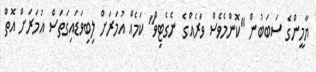
ޔާމީންގެ ސަބަބުން "ކޮންމެވެސް ވަރެއްގެ ނެގެޓިވް" ކަމެއް އުމަރަށް ލިބިވަޑައިގަތަސް އުމަރަށް އޮތް